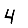
Digit: 4